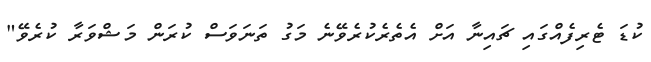
ކުޑަ ޓެރިފެއްގައި ޗައިނާ އަށް އެތެރެކުރެވޭނެ މަގު ތަނަވަސް ކުރަން މަޝްވަރާ ކުރެވޭ"